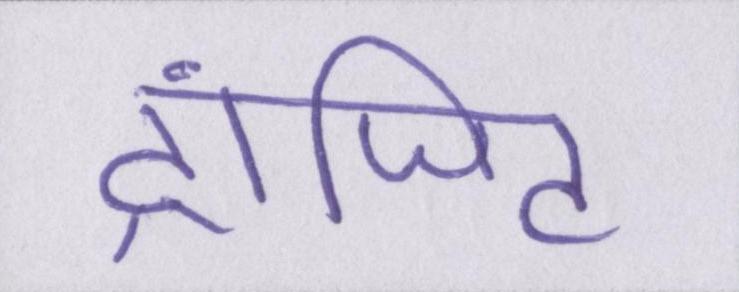
ट्रांजिट